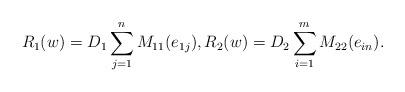
LaTeX: \begin{align*}R_1(w)=D_1 \sum_{j=1}^n M_{11}(e_{1j}), R_2(w)=D_2 \sum_{i=1}^m M_{22}(e_{in}).\end{align*}